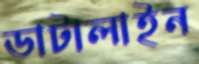
ডাটালাইন